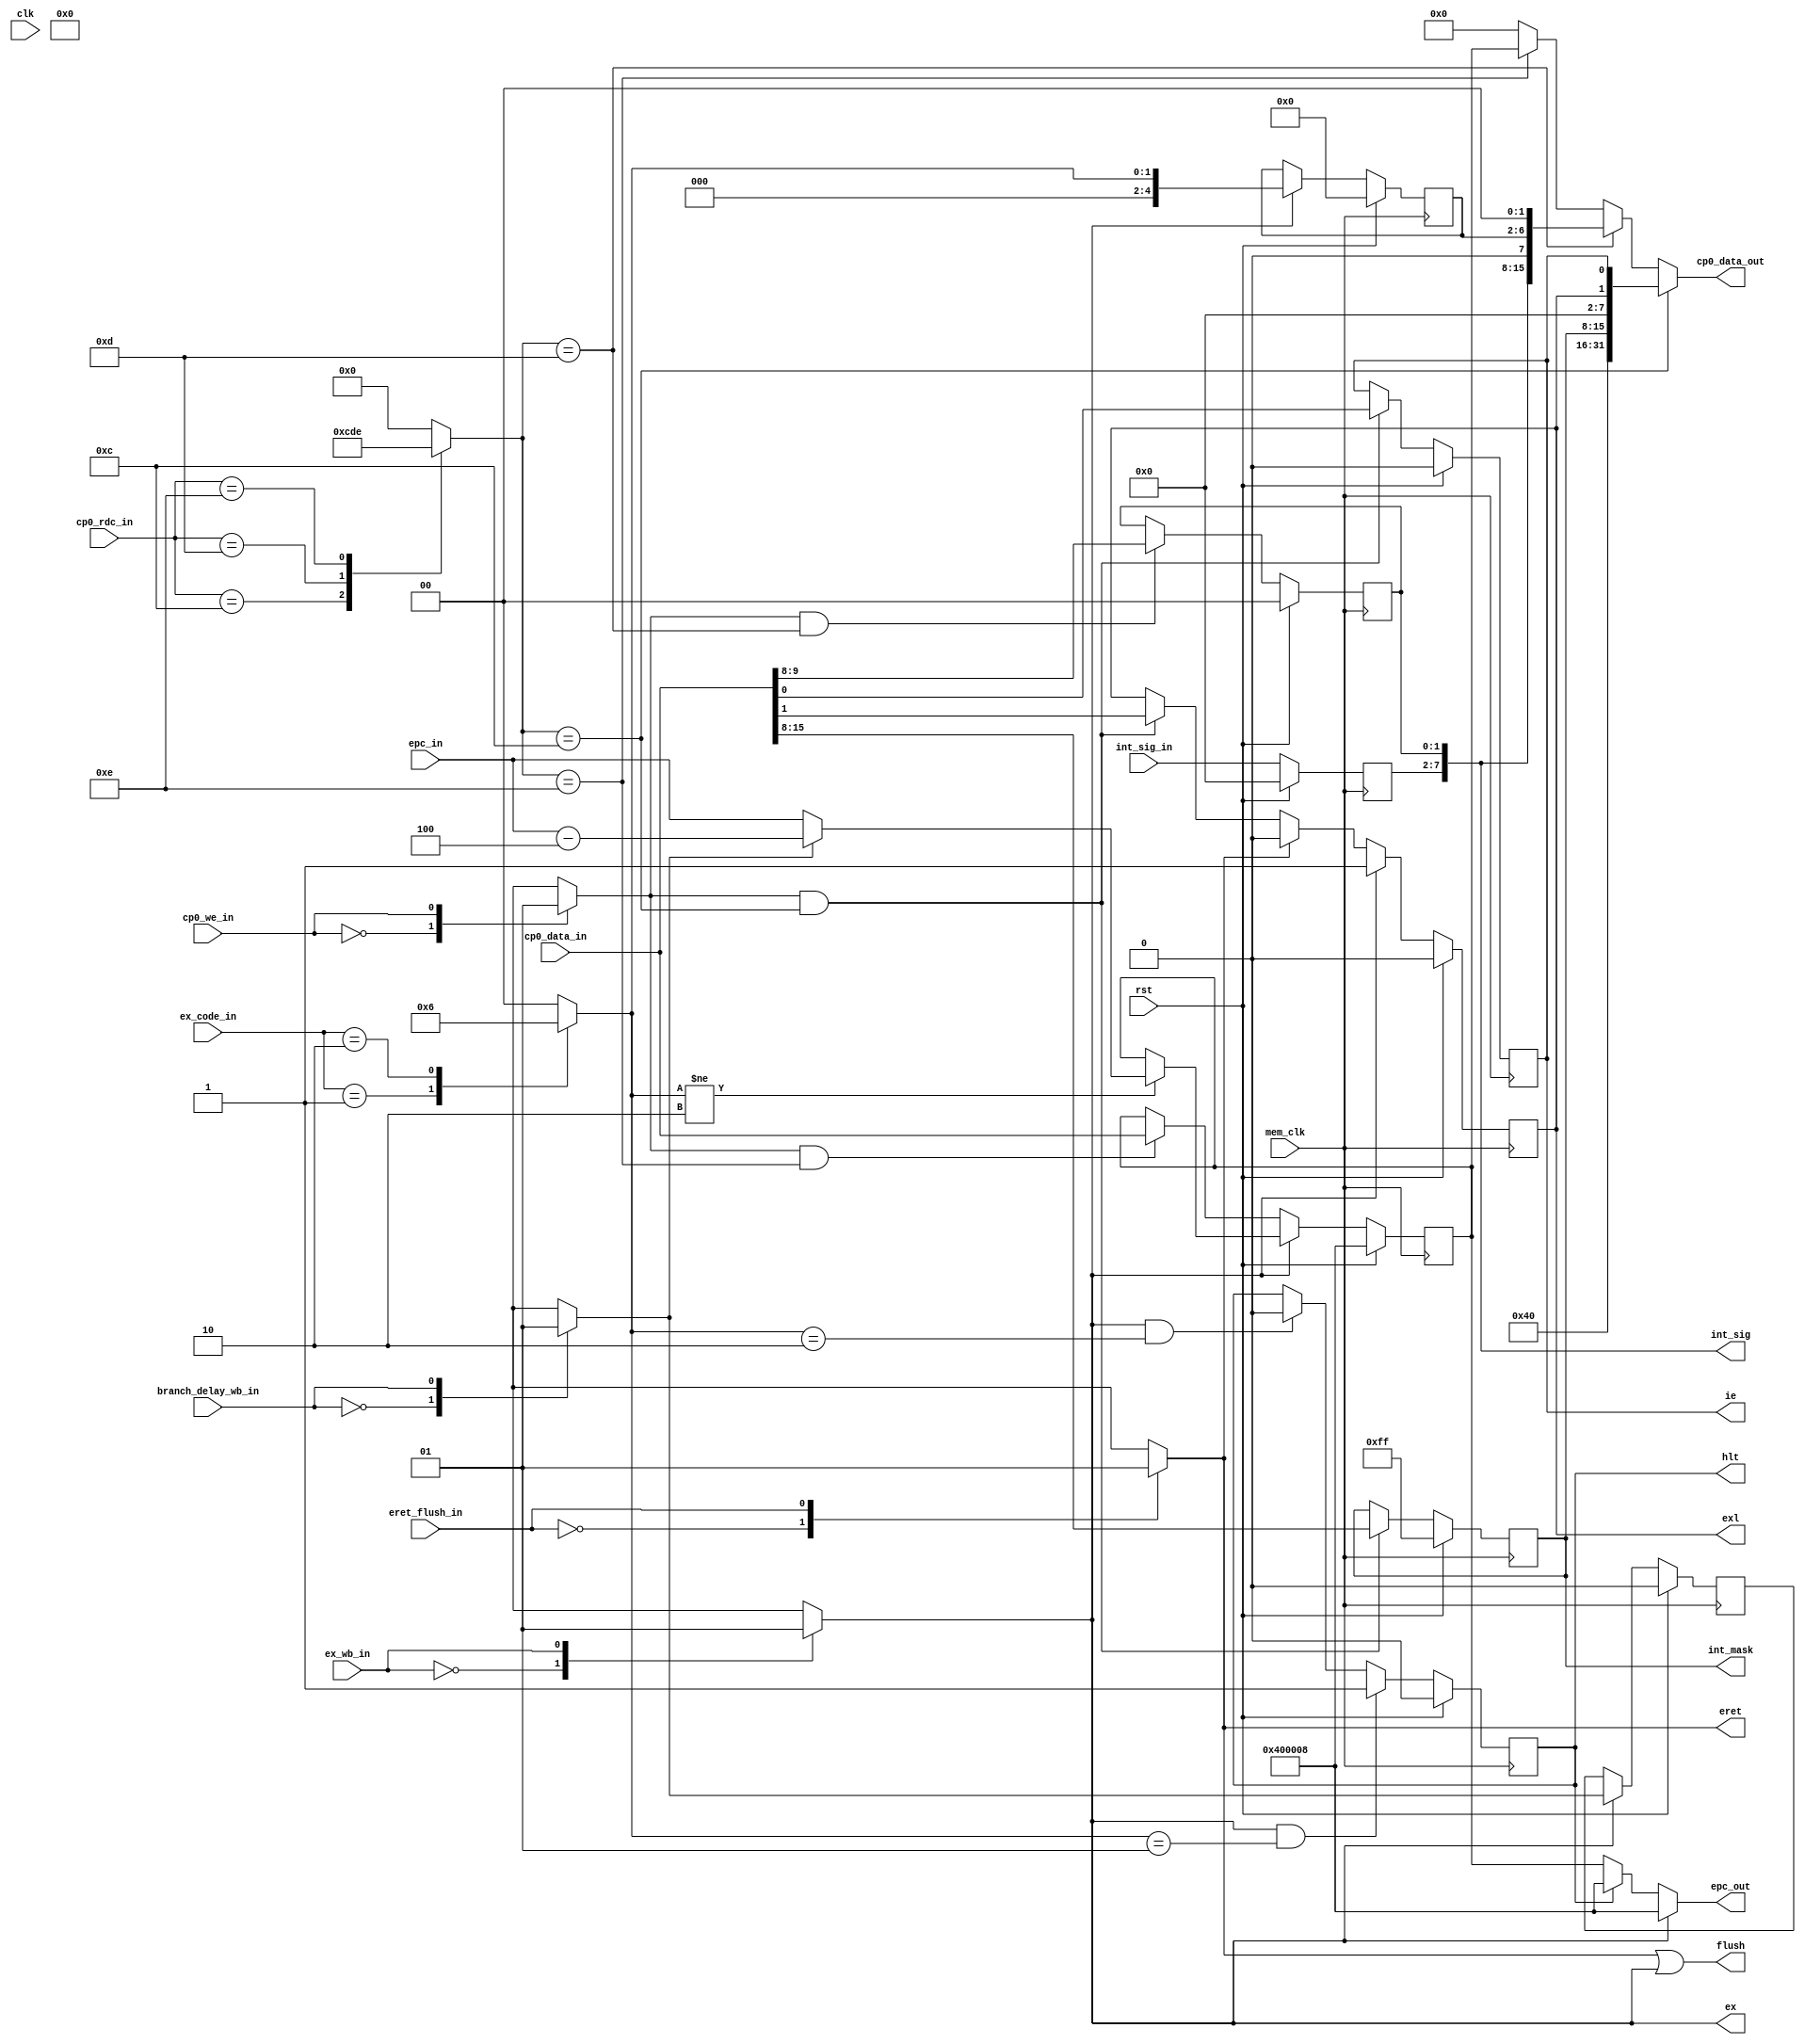
`timescale 1ns / 1ps
// 
// Design Name: 
// Module Name: CP0
// 
//////////////////////////////////////////////////////////////////////////////////


module cp0
(
    // input 
    input wire rst,
    input wire clk,
    input wire mem_clk,
    
    input wire cp0_we_in,
    input wire ex_wb_in,
    input wire eret_flush_in,
    input wire branch_delay_wb_in,
    
    input wire [ 4:0] cp0_rdc_in,
    input wire [ 5:0] int_sig_in,
    input wire [31:0] cp0_data_in,
    input wire [31:0] epc_in,
    input wire [ 4:0] ex_code_in,
    
    // output
    output reg ex,
    output wire flush,
    output reg [ 0:0] hlt,
    output reg eret,
    // STATUS region
    output reg [ 0:0] ie,
    output reg [ 0:0] exl,
    output reg [ 7:0] int_mask,
    // CAUSE regoin
    output reg [ 7:0] int_sig,
    // EPC region
    output wire [31:0] epc_out,
    output wire [31:0] cp0_data_out
);

parameter RDC_STATUS  = 5'd12;
parameter RDC_CAUSE = 5'd13;
parameter RDC_EPC = 5'd14;

parameter EX_CODE_INT = 5'h00;
parameter EX_CODE_HLT = 5'h01;
parameter EX_CODE_RESUME = 5'h02;
parameter EX_CODE_ADEL = 5'h04;
parameter EX_CODE_ADES = 5'h05;
parameter EX_CODE_SYS = 5'h08;
parameter EX_CODE_BP = 5'h09;
parameter EX_CODE_RI = 5'h0a;
parameter EX_CODE_OF = 5'h0c;

parameter EX_ENTRY_PC = 32'h0040_0008;
parameter EX_HLT_PC = 32'h0040_0008;

reg cause_bd;
reg [4:0] cause_ex_code;
reg [31:0] epc;

reg cp0_we;
reg [4:0] cp0_rdc;
reg branch_delay_wb;
reg [4:0] ex_code;

always @ (*) begin
    casex(ex_wb_in)
    1'b0: ex = 1'b0;
    1'b1: ex = 1'b1;
    default: ex = 1'b0;
    endcase
    
    casex(eret_flush_in)
    1'b0: eret = 1'b0;
    1'b1: eret = 1'b1;
    default: eret = 1'b0;
    endcase
    
    casex(cp0_we_in)
    1'b0: cp0_we = 1'b0;
    1'b1: cp0_we = 1'b1;
    default: cp0_we = 1'b0;
    endcase
    
    casex(branch_delay_wb_in)
    1'b0: branch_delay_wb = 1'b0;
    1'b1: branch_delay_wb = 1'b1;
    default: branch_delay_wb = 1'b0;
    endcase
    
    casex(cp0_rdc_in)
    RDC_STATUS: cp0_rdc = 5'd12;
    RDC_CAUSE: cp0_rdc = 5'd13;
    RDC_EPC: cp0_rdc = 5'd14;
    default: cp0_rdc = 5'd0;
    endcase
    
    casex(ex_code_in)
    EX_CODE_HLT: ex_code = EX_CODE_HLT;
    EX_CODE_RESUME: ex_code = EX_CODE_RESUME;
    default: ex_code = 5'd0;
    endcase
end


assign flush = eret || ex;
assign epc_out = (ex) ? EX_ENTRY_PC : 
                 (hlt) ? EX_HLT_PC : epc;
assign cp0_data_out = (cp0_rdc == RDC_STATUS) ? ({ 16'h0040, int_mask, 6'h0, exl, ie }) :
                      (cp0_rdc == RDC_CAUSE)  ? ({ cause_bd, 15'h0, int_sig, 1'b0, cause_ex_code, 2'b0 }) :
                      (cp0_rdc == RDC_EPC)    ? (epc) : 32'h0000_0000;

// machine hlt
always @ (posedge mem_clk) begin
    if(rst) begin
        hlt <= 1'b0;
    end
    else if(ex && ex_code == EX_CODE_HLT) begin
        hlt <= 1'b1;
    end
    else if(ex && ex_code == EX_CODE_RESUME) begin
        hlt <= 1'b0;
    end
    else begin end
end

// STATUS region always

// int_mask maintiance
always @ (posedge mem_clk) begin
    if(rst) begin
        int_mask <= 8'b1111_1111;
    end
    else if(cp0_we && cp0_rdc == RDC_STATUS) begin
        int_mask <= cp0_data_in[15:8];
    end
    else begin end
end

// exl maintiance
always @ (posedge mem_clk) begin
    if(rst) begin
        exl <= 1'b0;
    end
    else if(ex) begin
        exl <= 1'b1;
    end
    else if(eret) begin
        exl <= 1'b0;
    end
    else if(cp0_we && cp0_rdc == RDC_STATUS) begin
        exl <= cp0_data_in[1];
    end
    else begin end
end

// ie maintiance
always @ (posedge mem_clk) begin
    if(rst) begin
        ie <= 1'b0;
    end
    else if(cp0_we && cp0_rdc == RDC_STATUS) begin
        ie <= cp0_data_in[0];
    end
    else begin end
end

// CAUSE regoin always

//wire cause ti;

// bd maintiance
always @ (posedge mem_clk) begin
    if(rst) begin
        cause_bd <= 1'b0;
    end
    else if (ex) begin
        cause_bd <= branch_delay_wb;
    end
    else begin end
end

// ip7 ~ ip2 hardware intterupt maintiance
always @ (posedge mem_clk) begin
    if(rst) begin
        int_sig[7:2] <= 6'b0;
    end
    else begin
        int_sig[7:2] <= int_sig_in;
    end
end

// ip1 ~ ip0 software interrupt maintiance
always @ (posedge mem_clk) begin
    if(rst) begin
        int_sig[1:0] <= 2'b0;
    end
    else if (cp0_we && cp0_rdc == RDC_CAUSE) begin
        int_sig[1:0] <= cp0_data_in[9:8];
    end
    else begin end
end

// excode maintiance
always @ (posedge mem_clk) begin
    if(rst) begin
        cause_ex_code <= 5'b0;
    end
    else if(ex) begin
        cause_ex_code <= ex_code;
    end
    else begin end
end

// EPC region

always @ (posedge mem_clk) begin
    // make sure when resume from hlt then epc don't change
    if(rst) begin
        epc <= EX_ENTRY_PC;
    end
    else if(ex) begin
        if(ex_code != EX_CODE_RESUME) begin
            epc <= branch_delay_wb ? epc_in - 32'h4 : epc_in;
        end
    end
    else if(cp0_we && cp0_rdc == RDC_EPC) begin
        epc <= cp0_data_in;
    end
    else begin end
end


endmodule